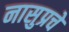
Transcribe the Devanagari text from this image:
नासुप्रचे